Annual administration report of the Civil Veterinary Department of India - 1897-1898
Year: 1897
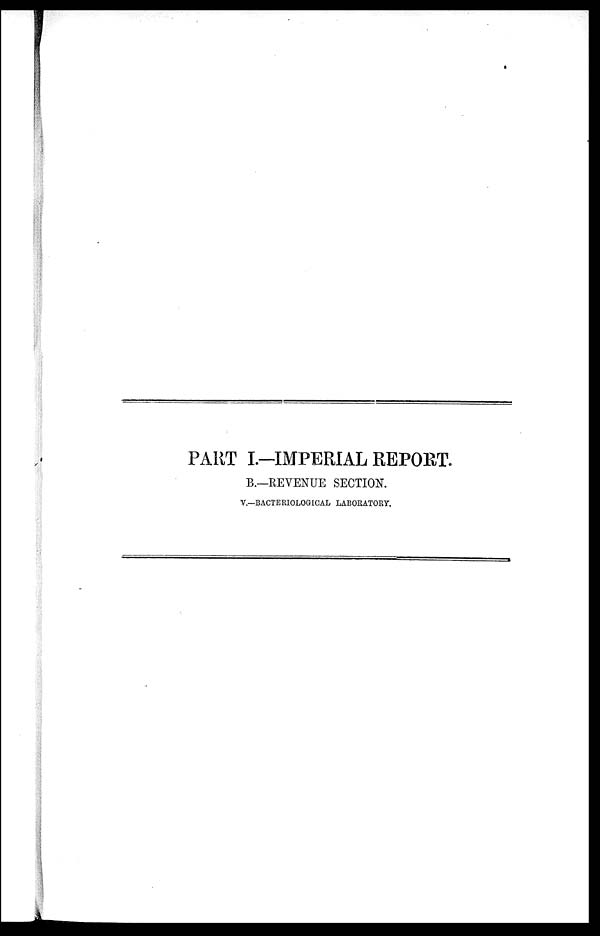
PART I.—IMPERIAL REPORT.
B.—REVENUE SECTION.
V.—BACTERIOLOGICAL LABORATORY.